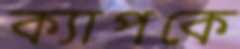
ক্যাপকে